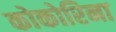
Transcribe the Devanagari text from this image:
कोकोरिना